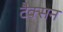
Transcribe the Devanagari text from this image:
टैक्सन